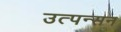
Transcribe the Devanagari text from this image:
उत्पन्सन